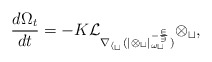
\begin{align*} \frac{d \Omega_t}{d t} = -K\cal{L}_{\nabla_{h_t} (|\Omega_t|_{\omega_t}^{-\frac{2}{3}})} \Omega_t,\end{align*}